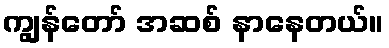
ကျွန်တော် အဆစ် နာနေတယ်။